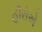
હીરોએ